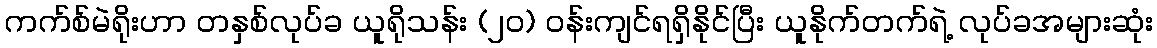
ကက်စ်မဲရိုးဟာ တနှစ်လုပ်ခ ယူရိုသန်း (၂၀) ဝန်းကျင်ရရှိနိုင်ပြီး ယူနိုက်တက်ရဲ့ လုပ်ခအများဆုံး